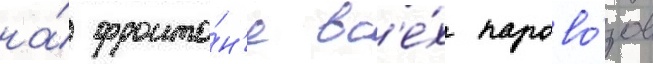
на́ фронто́н'е вс'е́х парово́зов